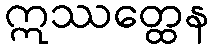
ဣဿတ္ထေန